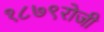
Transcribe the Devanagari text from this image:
१८७९रोजी